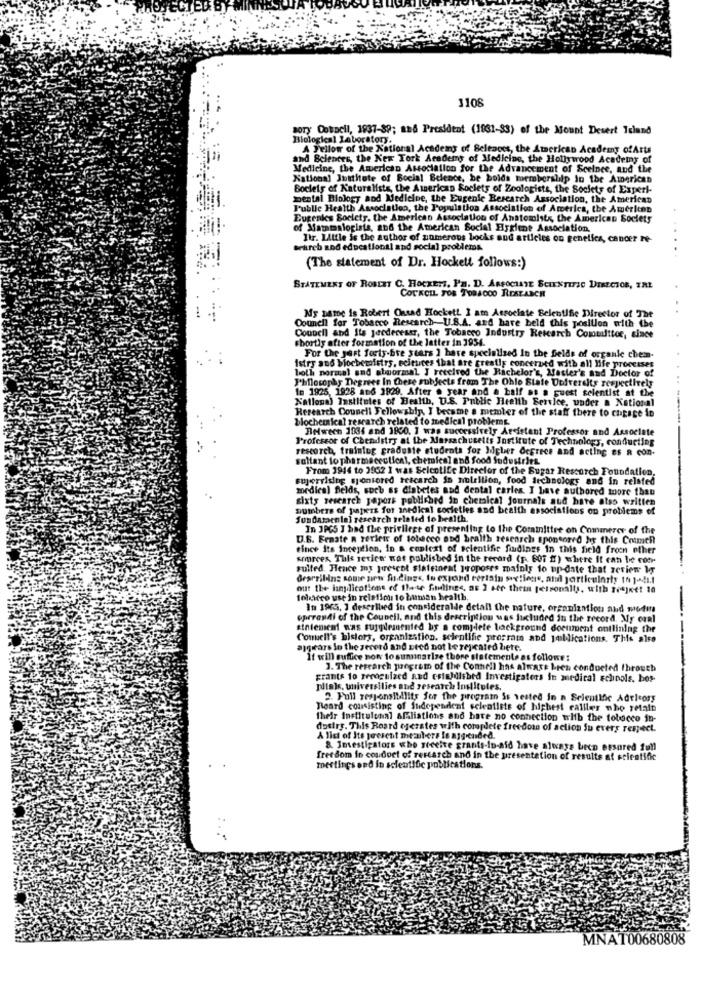
PROJECTED BY MINITES
1108
sory Dospell, 1937-89; and President (1881-33) of the Mount Desert Island
Biological Laboratory.
A Fellow of the National Academy of Seleaocs, the American Academy ofArts
and Sciences, the New York Academy of Medicine, the Hollywood Academy of
Medicine, the American Association for the Advancement of Scelnee, and the
National Institute of Social Science, be bolds membership in the Anerican
Boclety of Naturaliste the American Society of Zoologists, the Society of Experi-
mental Biology and Medicine, the Eugenie Research Association, the American
Public Health Associaties, the Population Association of America, the American
Eugenies Society, the American Association of Anstoslits, the American Society
of Mammalogists, and the American Social Hygiene Association,
Ihr. Little is the author of unmerous bocks and articles on genetics, cancer re-
tekreb and educational and social problems.
(The statement of Dr. Hockett follows:)
STATEMENT OF ROBLET C. HoCKETT, PH. D. ASSOCIATE SCIENTIFIC DIRECTOR, TAL
COTKOLL FOR TOBACCO RESEARCH
Council for Tobacco Research -- U.S.A. and hare beld this position with the
My Name is Robert Onrad Hockett I am Associate Belentise Director of The
Council and Its joedereser, the Tobacco Industry Research Committee, since
shortly after formation of the latter in 1954.
For the gert forty-bre stars I have specialized In the fields of organic ches-
Istry and biochemistry, ecituces that are greatly concerned with all "fe processes
both normal and abnormal I received the Bachelor's, Master's and Doctor of
Philosophy Degrees In Chese subjects from The Ohio State Dofrerelts respectively
1e 1925, 1928 and 1829. After . year and a half at a guest selentist at the
Nallons) Basiltutes of Health, U.S. Public Health Service, under a National
Research Counell Fellowship, I became a member of the staff there to chpage in
biochemical research related to medical problems.
Bewech 1034 and 1800. I was successively Assistant Professor and Associate
Professor of Chemistry at the Massachusetts Jostitute of Technology, conducting
rescorch, training graduate students for Migler degrees and acting es R con.
saltant to pharmaceutical, chemical and food Sudustries
From 1944 to 3962 I was Selcolife Director of the Sugar Rescorch Foundation,
supervising sponsored rescarch is nutrition, food technology and in related
medical fields, such as diabetes and dental caries. I have authored moore than
sixty research papers published in chemical Journals aud have also written
numbers of papers for anedical cocieties and bealth associations on problems of
Sundataenla] research related to health.
In JPGS I had the privilege of presenting to the Comainittre on Commerce of the
D.B. Frnate n zerleir of tobacco and braith research sponsored hr this Cotmeh
since its Inception, in & context of scientific findings in this field froen other
sources, This serice wat published in the record (p. 60i #) where it can be con-
sulted. Hence my present siateinest proposes mainly to up-date that review Wy
Brarrilinz some new foo ding <, to expand certain sections, and particularly 10 ]-41.1
out the implications of those fouines, as I see them personally. with Trejket to
Tobacco use in relation to human health.
In 1965, 1 described in consideralde detall the nature, organization and modus
eprrandi of the Council, and this description was included in the record. My coal
siniement was supplemented by a complete background document ontlining the
Comwell's history, organization, scientific program and jeldications. This also
ajgears lo the record and pred not be repeated biete.
It will suffice now to summarize thore statements as follows:
1. The research program of the Connell has always been conducted throuth
grants to recognized and csiabdisbed Investigaters in medical schools. hos-
dials, universities and research Institutes.
2. Full responsibility for the program Ss vested in a Scientific Adultosy
Reard consisting of Sudependent scleaflets of highest callles nho retain
their institulenal afiliations and have no connection wlib the tobacco in-
dottry. This Board oferates with complete freedom of action Su every respect.
A lici of Its joesent mezubers lo ajg.ended.
8. Imestipators who sceeire grants-in-aid have always beco essured full
freedom in coudoet of research and in the presentation of results af scientific
meetings ond in scientific publications.
MNA100680808